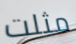
مثلت